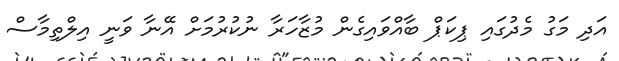
އަދި މަގު މެދުގައި ޕިކަޕް ބާއްވައިގެން މުޒާހަރާ ނުކުރުމަށް އޭނާ ވަނީ އިލްތިމާސް